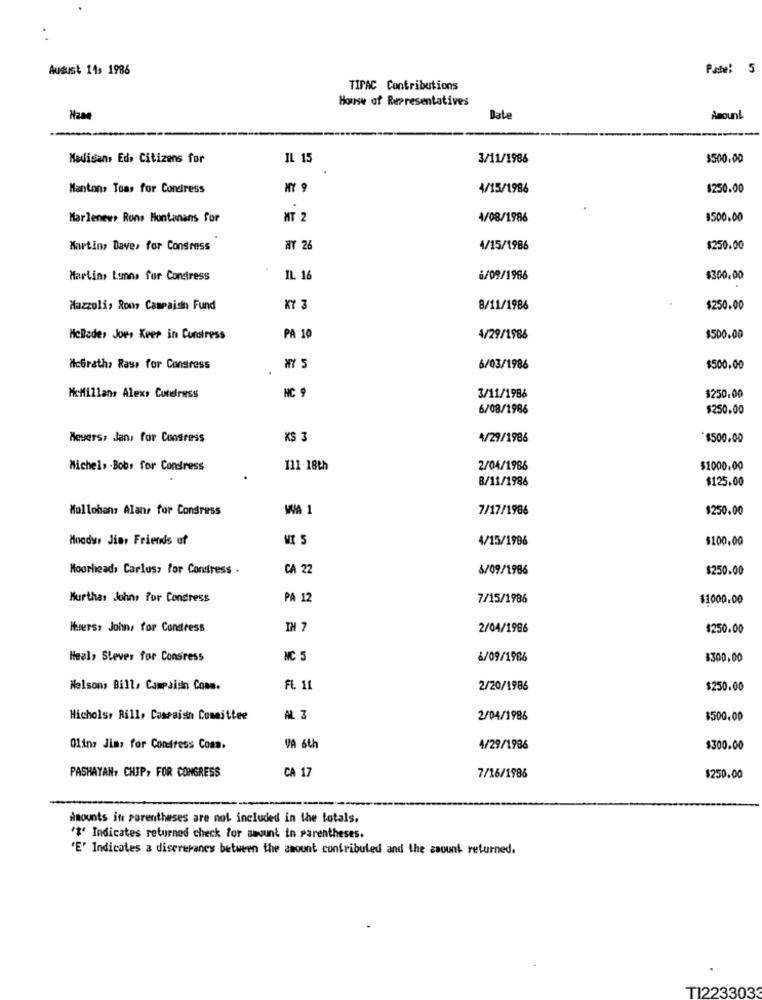
August 11, 1986
TIFAC Contributions
House of Representatives
Have
Date
Amount
Madisan, Ed. Citizens for
IL 15
3/11/1986
$500.00
Mantons Toas for Condress
MY 9
4/15/1986
$250.00
Marlenews Rons Hontanans for
MT 2
4/08/1986
$500.00
Martins Dave, for Consress
HY 26
4/15/1986
$250.00
Marlins Lunns for Constress
IL 16
6/09/1986
$300.00
Mazzoli, Rom Campaisn Fund
KY 3
8/11/1986
$250.00
HoBede, Joe, Keep in Cunstress
PA 10
4/29/1986
$500.00
McGrath, Rays for Congress
6/03/1986
$500.00
NC 9
IMillans Alexs Cuteress
3/11/1986
$250.00
6/08/1986
$250.00
Meyers: Jan, for Congress
KS 3
4/29/1986
$500.00
Michels . Bob. for Condress
111 18th
2/04/1986
$1000.00
8/11/1986
$125.00
Mollohans Alans for Congress
WA 1
7/17/1986
$250.00
Moodys Jin, Friends uf
VI S
4/15/1986
$100.00
Moorhead, Carlos, for Condress .
CA 22
6/09/1986
$250.00
Hurthas Johns for Congress
PÅ 12
7/15/1986
$1000.00
Hurers, John, for Condress
IM 7
2/04/1986
$250.00
Heel, Sleves for Consress
NC 5
6/09/1986
$300.00
Nelsons Bill, Campaign Cons.
FL 11
2/20/1986
$250.00
Nichols, Rill, Cossaisth Committee
2/04/1986
$500.00
Olins Jins for Condress Com.
VA 6th
4/29/1986
$300.00
PASHAYAN, CHIP, FOR CONGRESS
CA 17
7/16/1986
$250.00
Amounts in parentheses are not included in the totals.
'%' Indicates returned check for saount in parentheses.
'E' Indicates a disereranes between the amount contributed and the caount returned.
T12233033